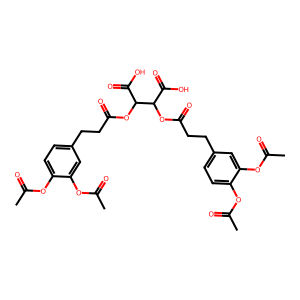
SMILES: CC(=O)Oc1ccc(CCC(=O)OC(C(=O)O)C(OC(=O)CCc2ccc(OC(C)=O)c(OC(C)=O)c2)C(=O)O)cc1OC(C)=O
Inhibits HIV replication: Yes